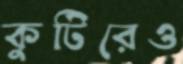
কুটিরেও